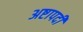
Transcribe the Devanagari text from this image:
अष्टापदीं